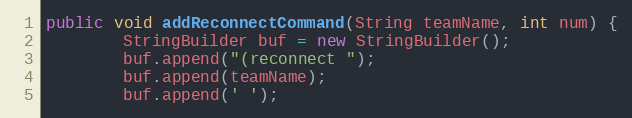
Language: Java
public void addReconnectCommand(String teamName, int num) {
        StringBuilder buf = new StringBuilder();
        buf.append("(reconnect ");
        buf.append(teamName);
        buf.append(' ');